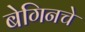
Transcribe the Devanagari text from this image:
बेगिनचे